Report of an investigation into the causes of the diseases known in Assam as Kála-Azár and Beri-Beri
Disease focus: Beri-Beri
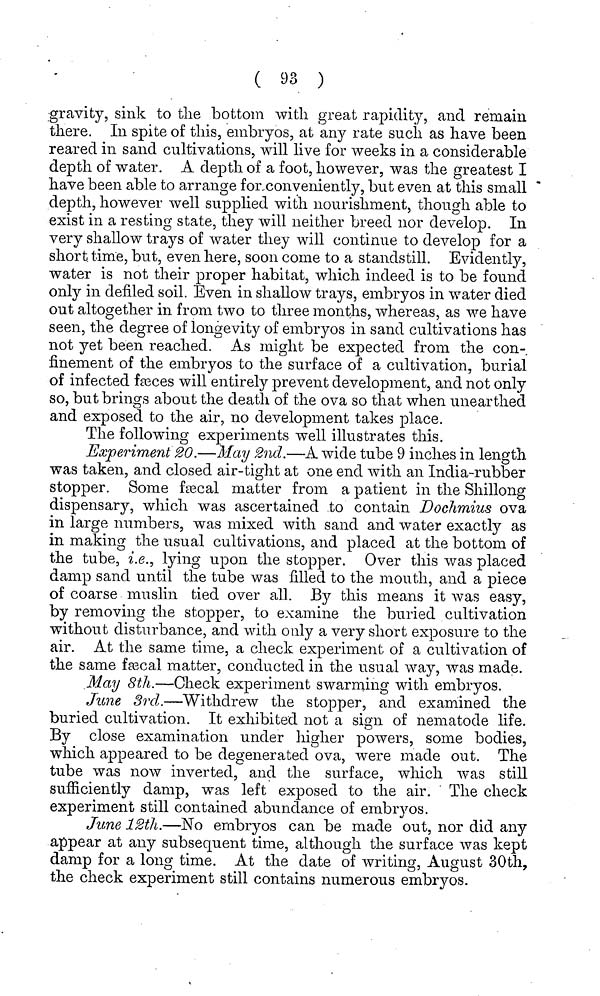
( 93 )
gravity, sink to tlie bottom with great rapidity, and remain
there. In spite of this, embryos, at any rate such as have been
reared in sand cultivations, will live for weeks in a considerable
depth of water. A depth of a foot, however, was the greatest I
have been able to arrange for,conyeniently, but even at this small
depth, however well supplied with nourishment, though able to
exist in a resting state, they will neither breed nor develop. In
very shallow trays of water they will continue to develop for a
short, time, but, even here, soon come to a standstill. Evidently,
water is not their proper habitat, which indeed is to be found
only in defiled soil. Even in shallow trays, embryos in water died
out altogether in from two to three months, whereas, as we have
seen, the degree of longevity of embryos in sand cultivations has
not yet been reached. As might be expected from the con-
finement of the embryos to the surface of a cultivation, burial
of infected fasces will entirely prevent development, and not only
so, but brings about the death of the ova so that when unearthed
and exposed to the air, no development takes place.
The following experiments well illustrates this.
Experiment 20.—May 2nd.—A wide tube 9 inches in length
was taken, and closed air-tight at one end Avith an India-rubber
stopper. Some fsecal matter from a patient in the Shillong
dispensary, which was ascertained to contain Dochmius ova
in large numbers, was mixed with sand and water exactly as
in making the usual cultivations, and placed at the bottom of
the tube, i.e., lying upon the stopper. Over this was placed
damp sand until the tube was filled to the mouth, and a piece
of coarse muslin tied over all. By this means it was easy,
by removing the stopper, to examine the buried cultivation
without disturbance, and with only a very short exposure to the
air. At the same time, a check experiment of a cultivation of
the same rascal matter, conducted in the usual way, was made.
May 8th.—Check experiment swarming with embryos.
June 3rd.—Withdrew the stopper, and examined the
buried cultivation. It exhibited not a sign of iiematode life.
By close examination under higher powers, some bodies,
which appeared to be degenerated ova, were made out. The
tube was now inverted, and the surface, which was still
sufiiciently damp, was left exposed to the air. The check
experiment still contained abundance of embryos.
June 12th.—No embryos can be made out, nor did any
appear at any subsequent time, although the surface was kept
damp for a long time. At the date of writing, August 30th,
the check experiment still contains numerous embryos.